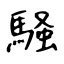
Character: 騒